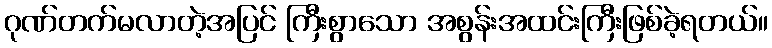
ဂုဏ်တက်မလာတဲ့အပြင် ကြီးစွာသော အစွန်းအထင်းကြီးဖြစ်ခဲ့ရတယ်။